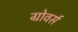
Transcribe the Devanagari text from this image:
ग्रोवर्स